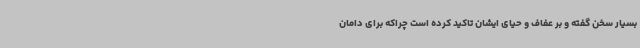
بسیار سخن گفته و بر عفاف و حیای ایشان تاکید کرده است چراکه برای دامان